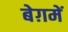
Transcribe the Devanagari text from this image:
बेग़में